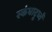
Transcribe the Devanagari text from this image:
स्कंधादूध्वँ